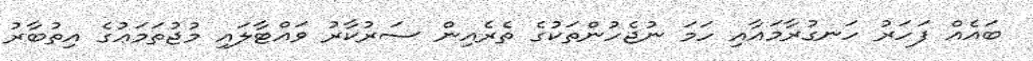
ބައެއް ފަހަރު ހަނގުރާމައާއި ހަމަ ނުޖެހުންތަކުގެ ތެރެއިން ސަރުކާރު ވައްޓާލައި މުޖުތަމަޢުގެ އިތުބާރު